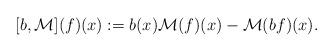
LaTeX: \begin{align*}[b,\mathcal{M}](f)(x):=b(x)\mathcal{M}(f)(x)-\mathcal{M}(bf)(x).\end{align*}